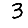
Digit: 3